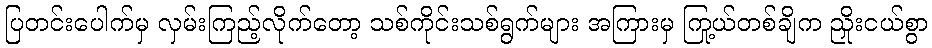
ပြတင်းပေါက်မှ လှမ်းကြည့်လိုက်တော့ သစ်ကိုင်းသစ်ရွက်များ အကြားမှ ကြယ်တစ်ချို့က ညှိုးငယ်စွာ